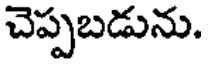
చెప్పబడును.